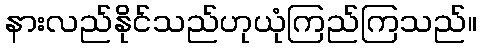
နားလည်နိုင်သည်ဟုယုံကြည်ကြသည်။